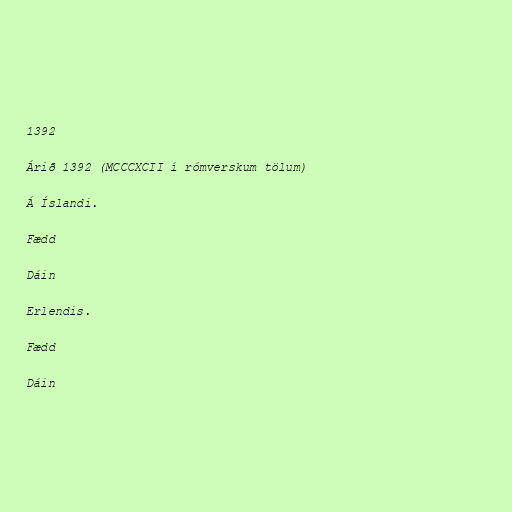
1392

Árið 1392 (MCCCXCII í rómverskum tölum)

Á Íslandi.

Fædd

Dáin

Erlendis.

Fædd

Dáin